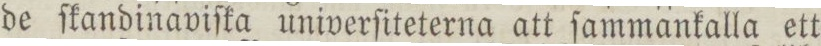
de ſkandinaviſka univerſiteterna att ſammankalla ett